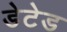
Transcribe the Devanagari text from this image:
डेटेड